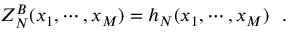
Z _ { N } ^ { B } ( x _ { 1 } , \cdots , x _ { M } ) = h _ { N } ( x _ { 1 } , \cdots , x _ { M } ) \, \, \, \, .